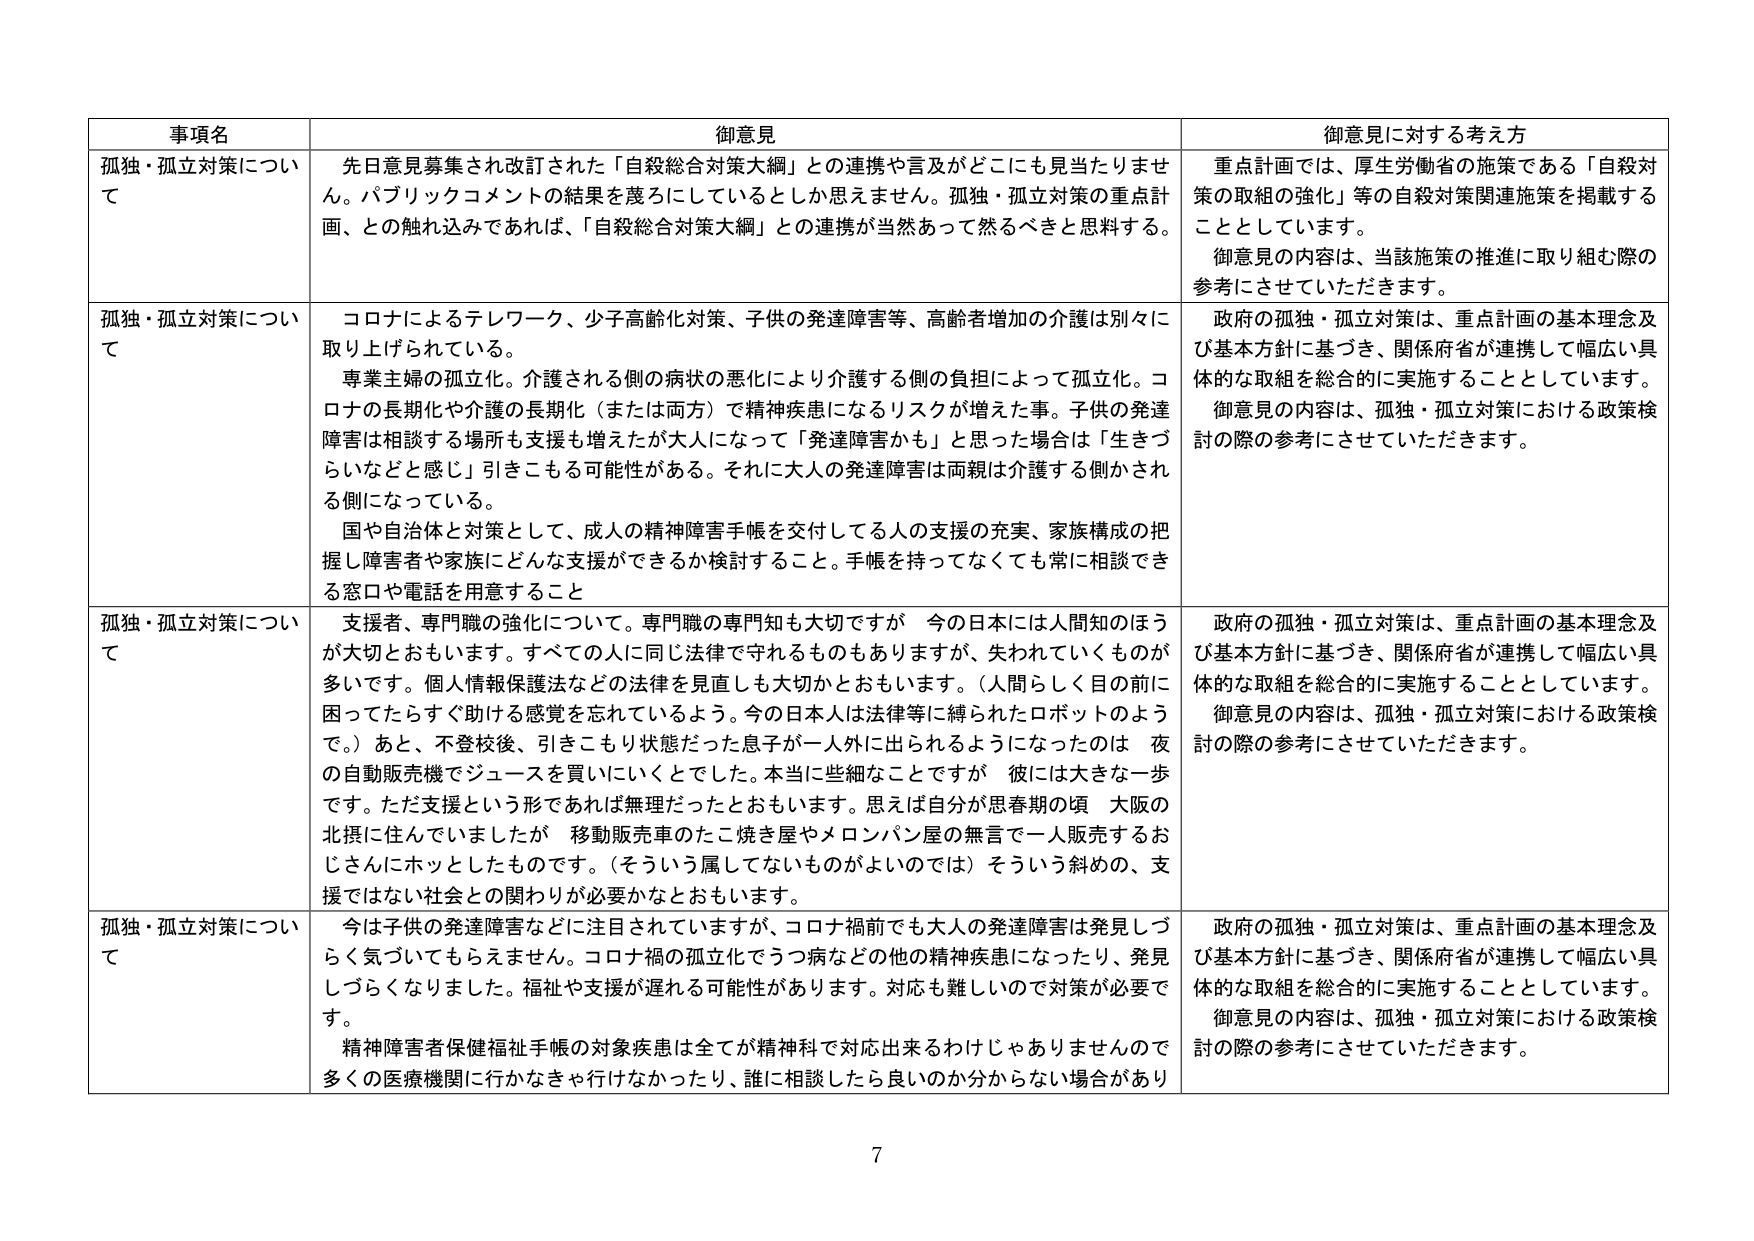
事項名 御意見 御意見に対する考え方
孤独・孤立対策について 先日意見募集され改訂された「自殺総合対策大綱」との連携や言及がどこにも見当たりません。パブリックコメントの結果を蔑ろにしているとしか思えません。孤独・孤立対策の重点計画、との触れ込みであれば、「自殺総合対策大綱」との連携が当然あって然るべきと思料する。 重点計画では、厚生労働省の施策である「自殺対策の取組の強化」等の自殺対策関連施策を掲載することとしています。 御意見の内容は、当該施策の推進に取り組む際の参考にさせていただきます。
孤独・孤立対策について コロナによるテレワーク、少子高齢化対策、子供の発達障害等、高齢者増加の介護は別々に取り上げられている。 専業主婦の孤立化。介護される側の病状の悪化により介護する側の負担によって孤立化。コロナの長期化や介護の長期化（または両方）で精神疾患になるリスクが増えた事。子供の発達障害は相談する場所も支援も増えたが大人になって「発達障害かも」と思った場合は「生きづらいなだと感じ」引きこもる可能性がある。それに大人の発達障害は両親は介護する側かされる側になっている。 国や自治体と対策として、成人の精神障害手帳を交付してる人の支援の充実、家族構成の把握し障害者や家族にどんな支援ができるか検討すること。手帳を持ってなくても常に相談できる窓口や電話を用意すること 政府の孤独・孤立対策は、重点計画の基本理念及び基本方針に基づき、関係府省が連携して幅広い具体的な取組を総合的に実施することとしています。 御意見の内容は、孤独・孤立対策における政策検討の際の参考にさせていただきます。
孤独・孤立対策について 支援者、専門職の強化について。専門職の専門知も大切ですが 今の日本には人間知のほうが大切とおもいます。すべての人に同じ法律で守れるものもありますが、失われていくものが多いです。個人情報保護法などの法律を見直しも大切かとおもいます。（人間らしく目の前に困ってたらすぐ助ける感覚を忘れているよう。今の日本人は法律等に縛られたロボットのようで。）あと、不登校後、引きこもり状態だった息子が一人外に出られるようになったのは 夜の自動販売機でジュースを買いにいくとでした。本当に些細なことですが 彼には大きな一歩です。ただ支援という形であれば無理だったとおもいます。思えば自分が思春期の頃 大阪の北摂に住んでいましたが 移動販売車のたこ焼き屋やメロンパン屋の無言で一人販売するおじさんにホッとしたものです。（そういう属してないものがよいのでは）そういう斜めの、支援ではない社会との関わりが必要かなとおもいます。 政府の孤独・孤立対策は、重点計画の基本理念及び基本方針に基づき、関係府省が連携して幅広い具体的な取組を総合的に実施することとしています。 御意見の内容は、孤独・孤立対策における政策検討の際の参考にさせていただきます。
孤独・孤立対策について 今は子供の発達障害などに注目されていますが、コロナ禍前でも大人の発達障害は発見しづらく気づいてもらえません。コロナ禍の孤立化でうつ病などの他の精神疾患になったり、発見しづらくなりました。福祉や支援が遅れる可能性があります。対応も難しいので対策が必要です。 精神障害者保健福祉手帳の対象疾患は全てが精神科で対応出来るわけじゃありませんので多くの医療機関に行かなきゃ行けなかったり、誰に相談したら良いのか分からない場合があり 政府の孤独・孤立対策は、重点計画の基本理念及び基本方針に基づき、関係府省が連携して幅広い具体的な取組を総合的に実施することとしています。 御意見の内容は、孤独・孤立対策における政策検討の際の参考にさせていただきます。
7